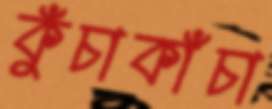
কুঁচাকাঁচা